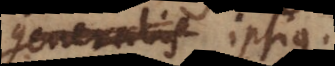
generalis ipsius.